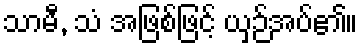
သာမီ, သံ အဖြစ်ဖြင့် ယှဉ်အပ်၏။